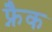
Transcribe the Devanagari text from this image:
फ्नैक